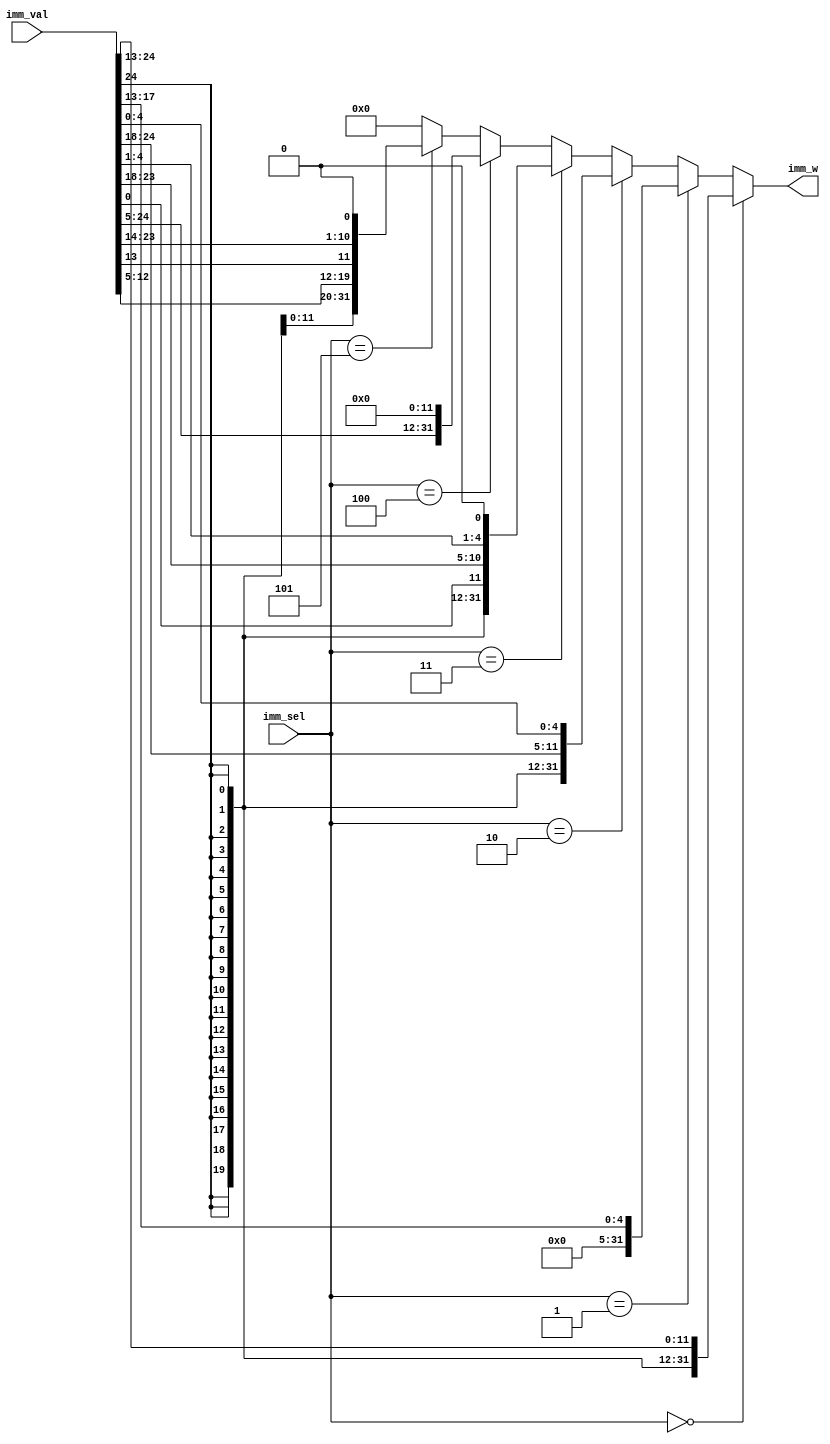
/*immediate handler
---------------------------------------------------------------------------
| rst				|   Type	 
---------------------------------------------------------------------------
|  0				|	I 
---------------------------------------------------------------------------
|  1				|	I srai 
---------------------------------------------------------------------------
|  2				|	S  
---------------------------------------------------------------------------
|  3				|	B   
---------------------------------------------------------------------------
|  4				|	U   
---------------------------------------------------------------------------
|  5				|	J   
---------------------------------------------------------------------------*/

module imm_generator #(parameter width = 32)(

input wire [24:0] imm_val,
input wire  [2:0]imm_sel,
output wire [width-1:0]imm_w  //RV32I type inst's imm

);

assign imm_w =   (imm_sel==3'd0) ? ({{20{imm_val[24]}} ,imm_val[24:13]}):  					//I-TYPE 
				 (imm_sel==3'd1) ? ({{27{1'b0}} ,imm_val[17:13]}): 							//I-TYPE srai
				 (imm_sel==3'd2) ? ({{20{imm_val[24]}} ,imm_val[24:18],imm_val[4:0]}):    	//S-TYPE
				 (imm_sel==3'd3) ? ({{19{imm_val[24]}} ,imm_val[24],imm_val[0],imm_val[23:18],imm_val[4:1],1'b0}):   	//B-TYPE
				 (imm_sel==3'd4) ? ({imm_val[24:5],{12{1'b0}}}):													  	//U-TYPE
				 (imm_sel==3'd5) ? ({{11{imm_val[24]}},imm_val[24],imm_val[12:5],imm_val[13],imm_val[23:14],1'b0}):  	//J-TYPE
								   {width{1'b0}};  //default

endmodule